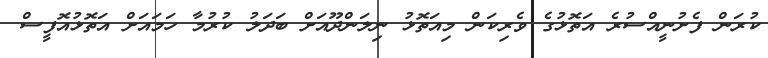
ކުރަން ފެށުނީއްސުރެ އަތޮޅުގެ ވެރިކަން މިއަތޮޅު ނިލަންދޫއަށް ބަދަލު ކުރުމާ ހަމައަށް އަތޮޅުއޮފީސް